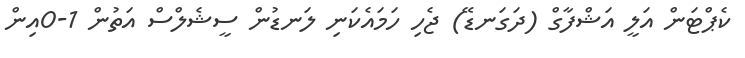
ކެޕްޓަން އަލީ އަޝްފާގް (ދަގަނޑޭ) ޖެހި ހަމައެކަނި ލަނޑުން ސީޝެލްސް އަތުން 1-0އިން